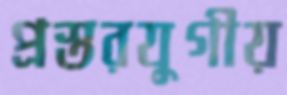
প্রস্তরযুগীয়